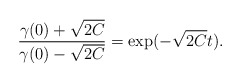
\begin{align*} \frac{\gamma(0)+\sqrt{2C}}{\gamma(0)-\sqrt{2C}}= \exp(-\sqrt{2C}t).\end{align*}